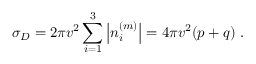
\sigma _ { D } = 2 \pi v ^ { 2 } \sum _ { i = 1 } ^ { 3 } \left| n _ { i } ^ { ( m ) } \right| = 4 \pi v ^ { 2 } ( p + q ) \; .